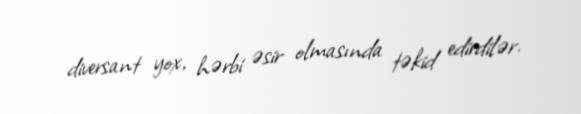
diversant yox, hərbi əsir olmasında təkid edirdilər.